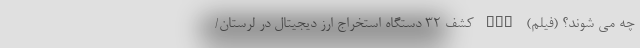
چه می شوند؟ (فیلم) nan کشف 32 دستگاه استخراج ارز دیجیتال در لرستان/